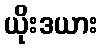
ယိုးဒယား